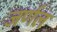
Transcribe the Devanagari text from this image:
जर्णल